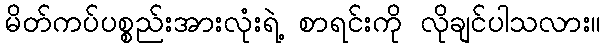
မိတ်ကပ်ပစ္စည်းအားလုံးရဲ့ စာရင်းကို လိုချင်ပါသလား။